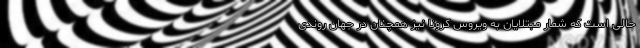
حالی است که شمار مبتلایان به ویروس کرونا نیز همچنان در جهان روندی